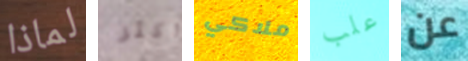
لماذا أكثر ملاكي علب عن